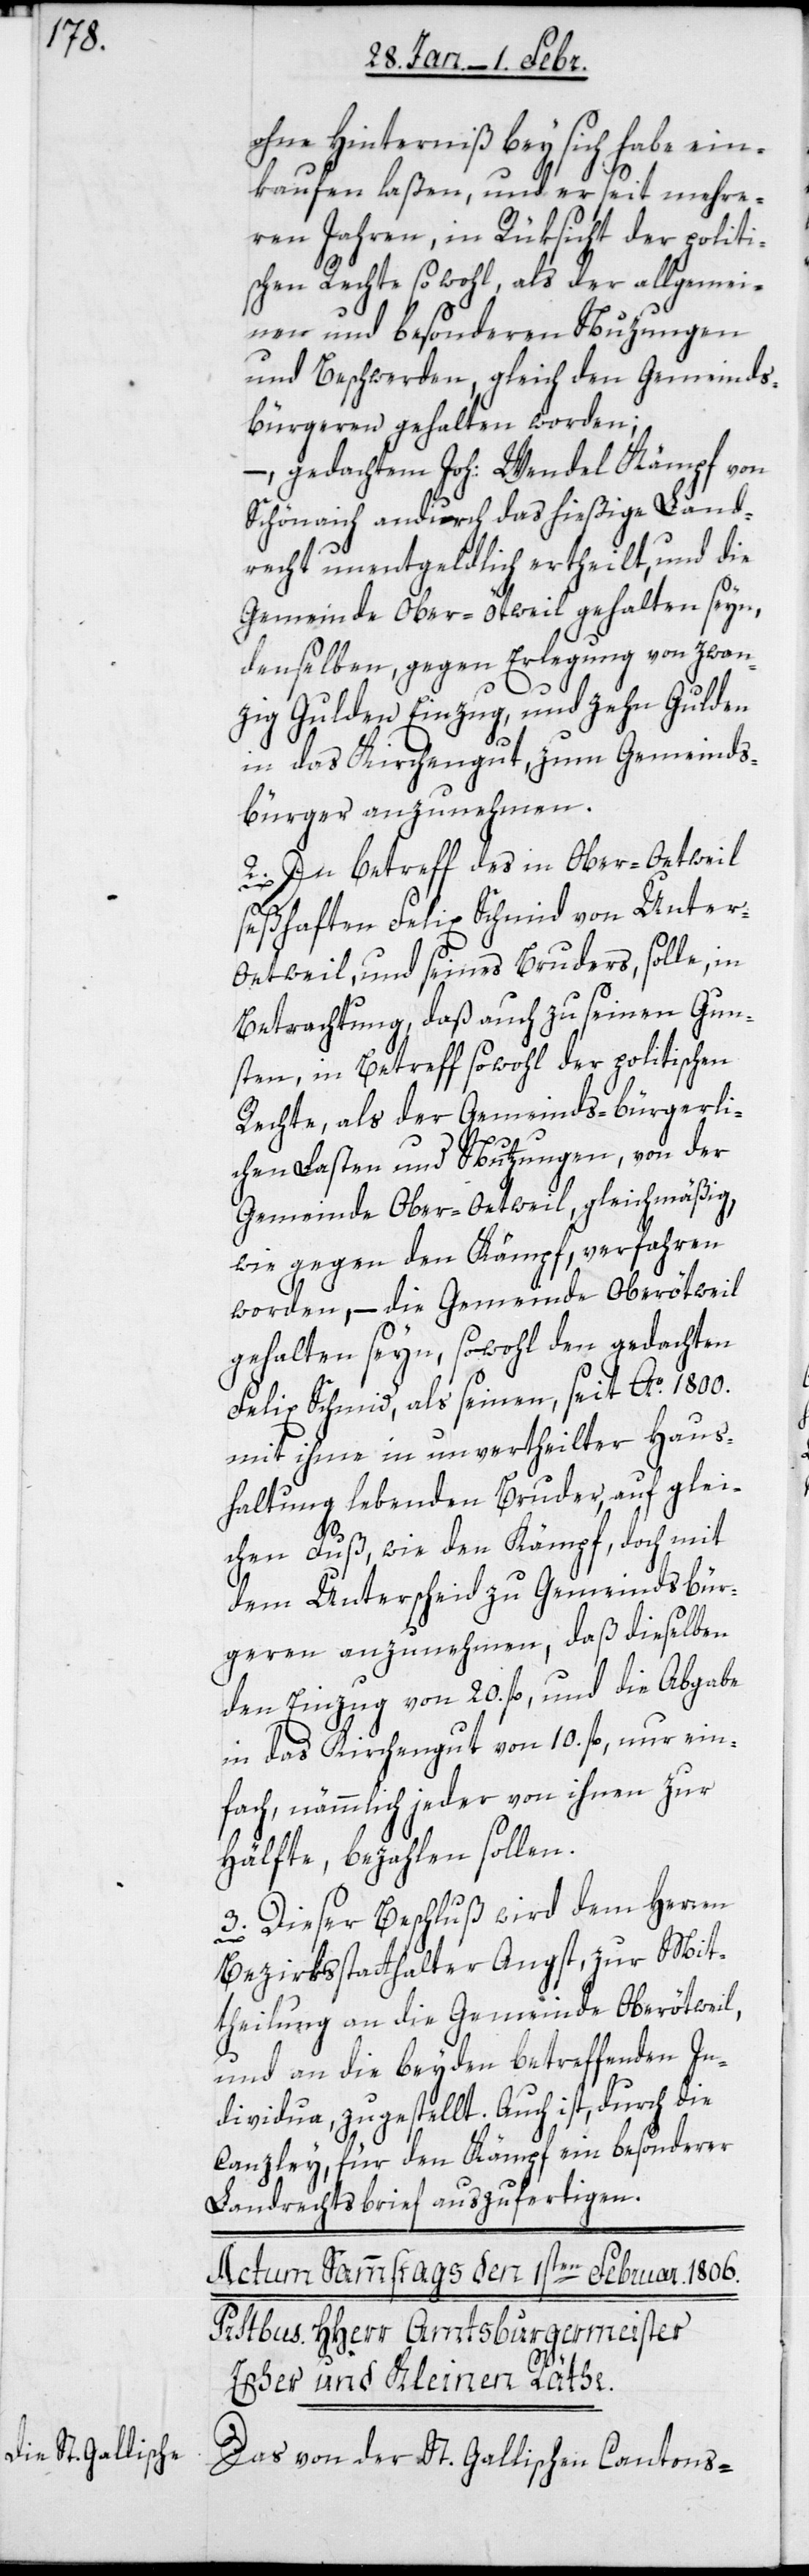
ohne Hinterniß bey sich habe ein¬
kaufen laßen, und er seit mehre¬
ren Jahren, in Rüksicht der politi¬
schen Rechte sowohl, als der allgemei¬
nen und besonderen Nuzungen
und Beschwerden, gleich den Gemeinds¬
bürgeren gehalten worden;
– gedachtem Joh: Wendel Kämpf von
Schönaich andurch das hießige Land¬
recht unentgeldlich ertheilt, und die
Gemeinde Ober-Ötwil gehalten seyn,
denselben gegen Erlegung von zwan¬
zig Gulden Einzug, und zehn Gulden
in das Kirchengut, zum Gemeinds¬
bürger anzunehmen.
2. In betreff des in Ober-Oetweil
seßhaften Felix Schmid von Unter-O¬
etweil, und seines Bruders, solle, in
Betrachtung, daß auch zu seinen Gun¬
sten, in Betreff sowohl der politischen
Rechte, als der Gemeinds-bürgerli¬
chen Lasten und Nutzungen, von der
Gemeinde Ober-Oetweil gleichmäßig,
wie gegen den Kämpf, verfahren
worden, – die Gemeinde Oberötweil
gehalten seyn, sowohl den gedachten
Felix Schmid, als seinen, seit Ao. 1800.
mit ihme in unvertheilter Haus¬
haltung lebenden Bruder, auf glei¬
chen Fuß, wie den Kämpf, doch mit
dem Unterschied zu Gemeindsbür¬
geren anzunehmen, daß dieselben
den Einzug von 20. fl., und die Abgabe
in das Kirchengut von 10. fl., nur ein¬
fach, nämmlich jeder von ihnen zur
Hälfte, bezahlen sollen.
3. Dieser Beschluß wird dem Herrn
Bezirksstatthalter Angst, zur Mit¬
theilung an die Gemeinde Oberötweil,
und an die beyden betreffenden In¬
dividua zugestellt. Auch ist, durch die
Canzley, für den Kämpf ein besonderer
Landrechtsbrief auszufertigen.
Das von der St. Gallischen Cantons-